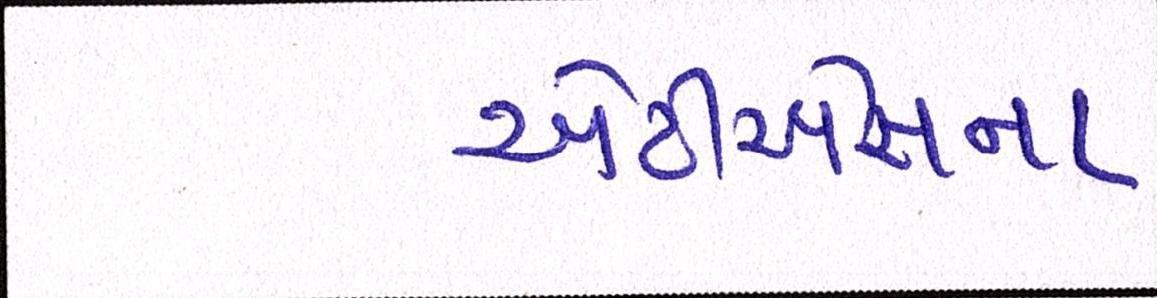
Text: એટીએસના